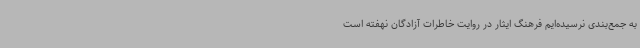
به جمع‌بندی نرسیده‌ایم فرهنگ ایثار در روایت خاطرات آزادگان نهفته است